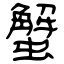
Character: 蟹